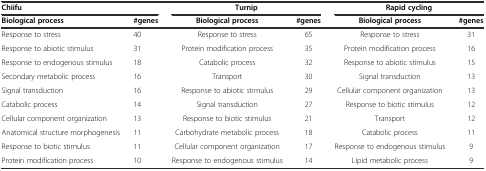
<table><thead><tr><td colspan="2"><b>Chiifu</b></td><td colspan="2"><b>Turnip</b></td><td colspan="2"><b>Rapid cycling</b></td></tr><tr><td><b>Biological process</b></td><td><b>#genes</b></td><td><b>Biological process</b></td><td><b>#genes</b></td><td><b>Biological process</b></td><td><b>#genes</b></td></tr></thead><tbody><tr><td>Response to stress</td><td>40</td><td>Response to stress</td><td>65</td><td>Response to stress</td><td>31</td></tr><tr><td>Response to abiotic stimulus</td><td>31</td><td>Protein modification process</td><td>35</td><td>Protein modification process</td><td>16</td></tr><tr><td>Response to endogenous stimulus</td><td>18</td><td>Catabolic process</td><td>32</td><td>Response to abiotic stimulus</td><td>15</td></tr><tr><td>Secondary metabolic process</td><td>16</td><td>Transport</td><td>30</td><td>Signal transduction</td><td>13</td></tr><tr><td>Signal transduction</td><td>16</td><td>Response to abiotic stimulus</td><td>29</td><td>Cellular component organization</td><td>13</td></tr><tr><td>Catabolic process</td><td>14</td><td>Signal transduction</td><td>27</td><td>Response to biotic stimulus</td><td>12</td></tr><tr><td>Cellular component organization</td><td>13</td><td>Response to biotic stimulus</td><td>21</td><td>Transport</td><td>12</td></tr><tr><td>Anatomical structure morphogenesis</td><td>11</td><td>Carbohydrate metabolic process</td><td>18</td><td>Catabolic process</td><td>11</td></tr><tr><td>Response to biotic stimulus</td><td>11</td><td>Cellular component organization</td><td>17</td><td>Response to endogenous stimulus</td><td>9</td></tr><tr><td>Protein modification process</td><td>10</td><td>Response to endogenous stimulus</td><td>14</td><td>Lipid metabolic process</td><td>9</td></tr></tbody></table>